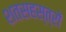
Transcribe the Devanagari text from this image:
शतसहस्त्रों